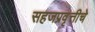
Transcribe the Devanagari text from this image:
सहजप्रवृत्तीचे